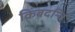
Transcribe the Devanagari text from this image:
किंबदन्ति